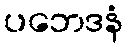
ပဘေဒနံ